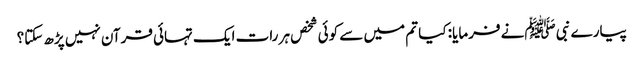
پیارے نبی ﷺنے فرمایا: کیا تم میں سے کوئی شخص ہر رات ایک تہائی قرآن نہیں پڑھ سکتا؟